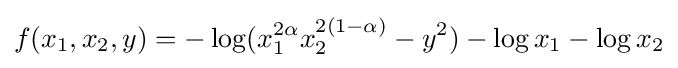
f(x_{1},x_{2},y)=-\log(x_{1}^{2\alpha }x_{2}^{2(1-\alpha )}-y^{2})-\log x_{1}-\log x_{2}